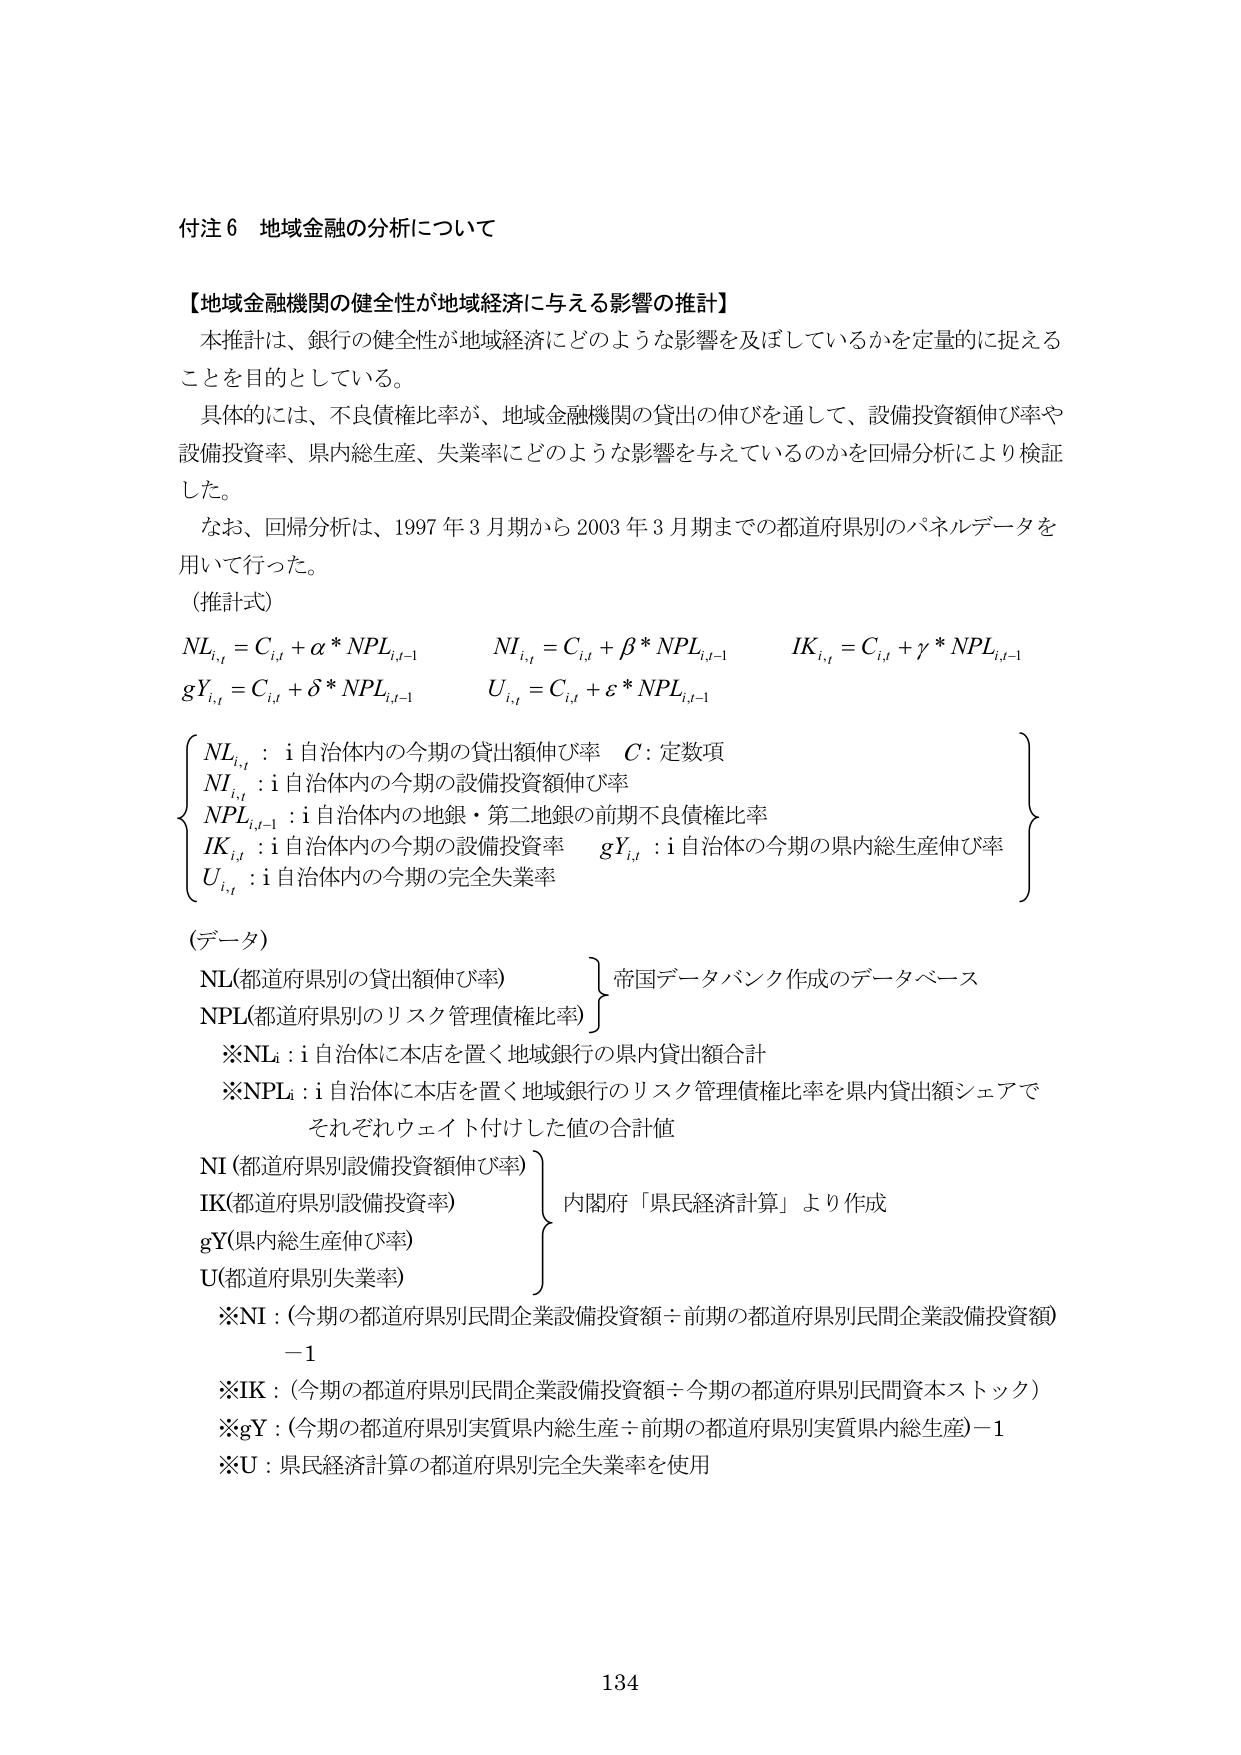
付注６ 地域金融の分析について

【地域金融機関の健全性が地域経済に与える影響の推計】
本推計は、銀行の健全性が地域経済にどのような影響を及ぼしているかを定量的に捉えることを目的としている。
具体的には、不良債権比率が、地域金融機関の貸出の伸びを通して、設備投資額伸び率や設備投資率、県内総生産、失業率にどのような影響を与えているのかを回帰分析により検証した。
なお、回帰分析は、1997年3月期から2003年3月期までの都道府県別のパネルデータを用いて行った。

（推計式）
NL_{i,t} = C_{i,t} + α * NPL_{i,t-1}　　　NI_{i,t} = C_{i,t} + β * NPL_{i,t-1}　　　IK_{i,t} = C_{i,t} + γ * NPL_{i,t-1}
gY_{i,t} = C_{i,t} + δ * NPL_{i,t-1}　　　U_{i,t} = C_{i,t} + ε * NPL_{i,t-1}

{
NL_{i,t} : i自治体内の今期の貸出額伸び率　C: 定数項
NI_{i,t} : i自治体内の今期の設備投資額伸び率
NPL_{i,t-1} : i自治体内の地銀・第二地銀の前期不良債権比率
IK_{i,t} : i自治体内の今期の設備投資率　gY_{i,t} : i自治体の今期の県内総生産伸び率
U_{i,t} : i自治体内の今期の完全失業率
}

（データ）
NL(都道府県別の貸出額伸び率)　　　　　　　　　　} 帝国データバンク作成のデータベース
NPL(都道府県別のリスク管理債権比率)　　　　　　}
　※NL_i : i自治体に本店を置く地域銀行の県内貸出額合計
　※NPL_i : i自治体に本店を置く地域銀行のリスク管理債権比率を県内貸出額シェアで
　　　それぞれウェイト付けした値の合計値
NI (都道府県別設備投資額伸び率)　　　　　　　　} 内閣府「県民経済計算」より作成
IK(都道府県別設備投資率)
gY(県内総生産伸び率)
U(都道府県別失業率)
　※NI : (今期の都道府県別民間企業設備投資額 ÷ 前期の都道府県別民間企業設備投資額) －1
　※IK : (今期の都道府県別民間企業設備投資額 ÷ 今期の都道府県別民間資本ストック)
　※gY : (今期の都道府県別実質県内総生産 ÷ 前期の都道府県別実質県内総生産) －1
　※U : 県民経済計算の都道府県別完全失業率を使用

134